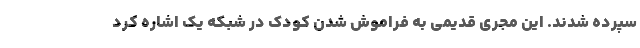
سپرده شدند. این مجری قدیمی به فراموش شدن کودک در شبکه یک اشاره کرد